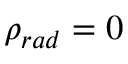
\rho _ { r a d } = 0